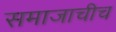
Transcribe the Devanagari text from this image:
समाजाचीच